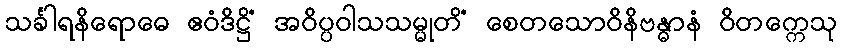
သင်္ခါရနိရောဓေ ဧဝံဒိဋ္ဌိံ အဝိပ္ပဝါသသမ္မုတိံ စေတသောဝိနိဗန္ဓာနံ ဝိတက္ကေသု